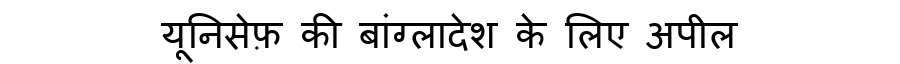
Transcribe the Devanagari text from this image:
यूनिसेफ़ की बांग्लादेश के लिए अपील